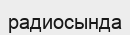
радиосында